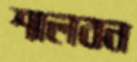
শালবন